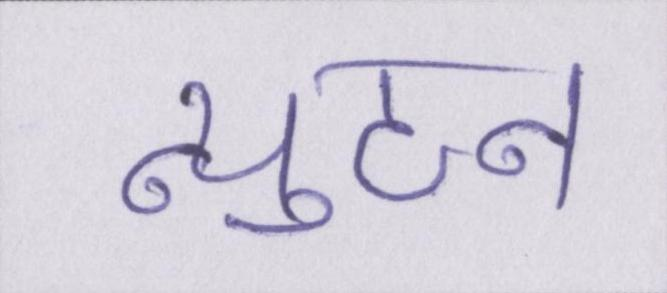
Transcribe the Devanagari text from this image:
न्युटन